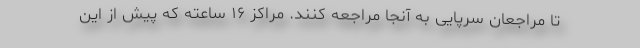
تا مراجعان سرپایی به آنجا مراجعه کنند. مراکز ۱۶ ساعته که پیش از این